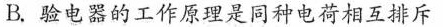
B.验电器的工作原理是同种电荷相互排斥